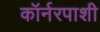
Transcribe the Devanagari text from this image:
कॉर्नरपाशी